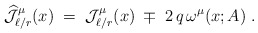
\begin{align*}\widehat{{\mathcal J}}_{\ell/r}^\mu (x) \;=\; {\mathcal J}_{\ell/r}^\mu (x) \;\mp\; 2\,q\,\omega^\mu (x;A)~.\end{align*}